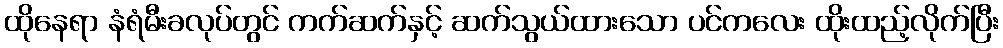
ထိုနေရာ နံရံမီးခလုပ်တွင် ကက်ဆက်နှင့် ဆက်သွယ်ထားသော ပင်ကလေး ထိုးထည့်လိုက်ပြီး